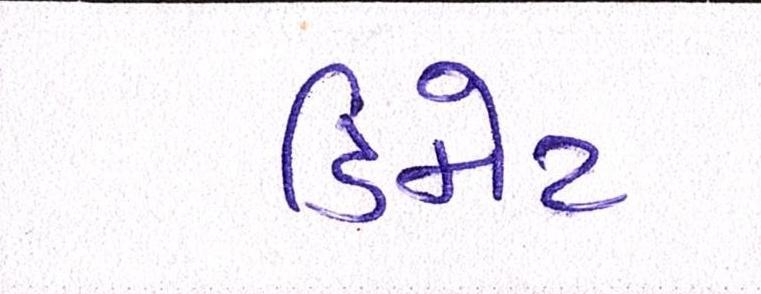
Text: ડિમેટ